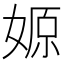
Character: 𡞼